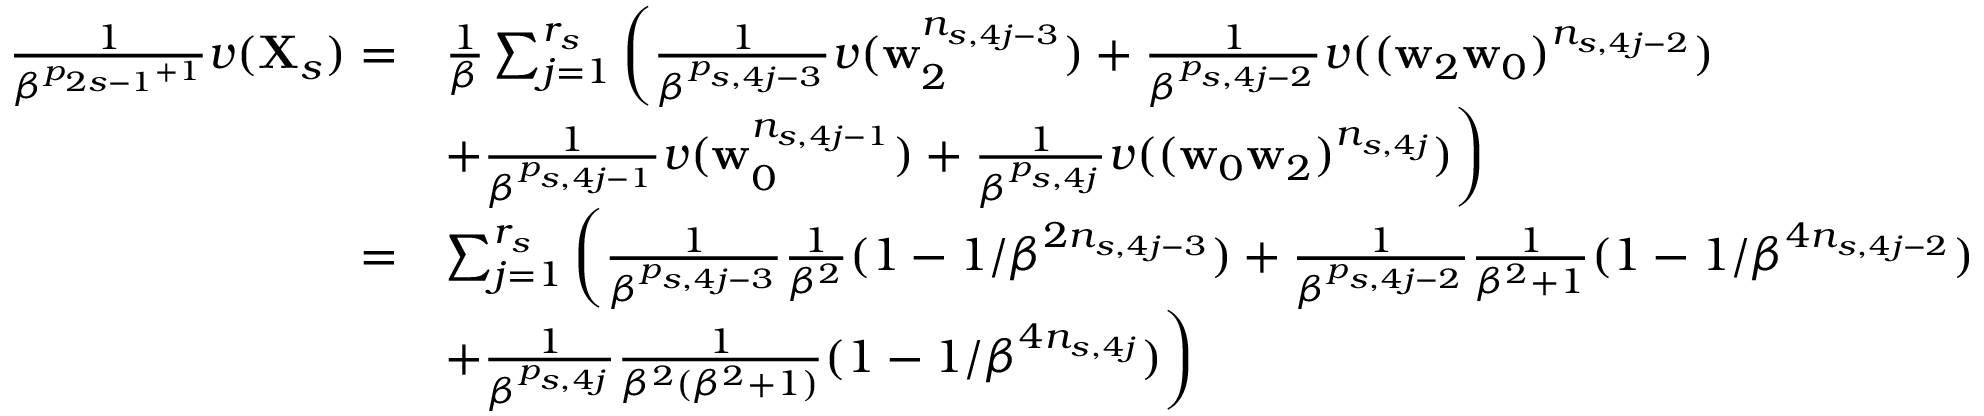
\begin{array} { r l } { \frac 1 { \beta ^ { p _ { 2 s - 1 } + 1 } } v ( \mathbf X _ { s } ) = } & { \frac 1 \beta \sum _ { j = 1 } ^ { r _ { s } } \bigg ( \frac 1 { \beta ^ { p _ { s , 4 j - 3 } } } v ( \mathbf w _ { 2 } ^ { n _ { s , 4 j - 3 } } ) + \frac 1 { \beta ^ { p _ { s , 4 j - 2 } } } v ( ( \mathbf w _ { 2 } \mathbf w _ { 0 } ) ^ { n _ { s , 4 j - 2 } } ) } \\ & { + \frac 1 { \beta ^ { p _ { s , 4 j - 1 } } } v ( \mathbf w _ { 0 } ^ { n _ { s , 4 j - 1 } } ) + \frac 1 { \beta ^ { p _ { s , 4 j } } } v ( ( \mathbf w _ { 0 } \mathbf w _ { 2 } ) ^ { n _ { s , 4 j } } ) \bigg ) } \\ { = } & { \sum _ { j = 1 } ^ { r _ { s } } \bigg ( \frac 1 { \beta ^ { p _ { s , 4 j - 3 } } } \frac 1 { \beta ^ { 2 } } ( 1 - 1 / \beta ^ { 2 n _ { s , 4 j - 3 } } ) + \frac 1 { \beta ^ { p _ { s , 4 j - 2 } } } \frac 1 { \beta ^ { 2 } + 1 } ( 1 - 1 / \beta ^ { 4 n _ { s , 4 j - 2 } } ) } \\ & { + \frac 1 { \beta ^ { p _ { s , 4 j } } } \frac 1 { \beta ^ { 2 } ( \beta ^ { 2 } + 1 ) } ( 1 - 1 / \beta ^ { 4 n _ { s , 4 j } } ) \bigg ) } \end{array}